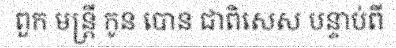
ពួក មន្ត្រី កូន បោន ជាពិសេស បន្ទាប់ពី